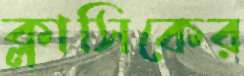
ক্লাসিকের